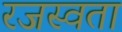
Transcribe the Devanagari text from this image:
रजस्वता